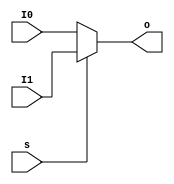
`timescale 1ns / 1ps
//////////////////////////////////////////////////////////////////////////////////
// Company: 
// Engineer: 
// 
// Design Name: 
// Module Name:    MUX2T1_5 
// Project Name: 
// Target Devices: 
// Tool versions: 
// Description: 
//
// Dependencies: 
//
// Revision: 
// Revision 0.01 - File Created
// Additional Comments: 
//
//////////////////////////////////////////////////////////////////////////////////
module MUX2T1_5(input [4:0] I0,
					 input [4:0] I1,
					 input s,
					 output reg[4:0] o
    );
		always@(s or I0 or I1)
			o <= s ? I1 : I0;

endmodule